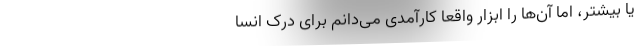
یا بیشتر، اما آن‌ها را ابزار واقعاً کارآمدی می‌دانم برای درک انسا